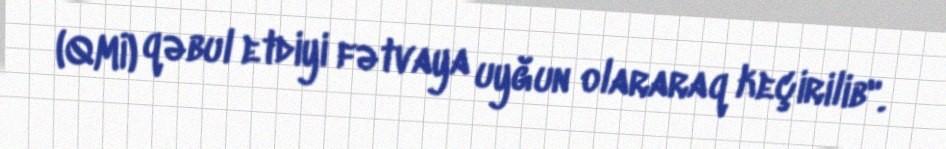
(QMİ) qəbul etdiyi fətvaya uyğun olararaq keçirilib".